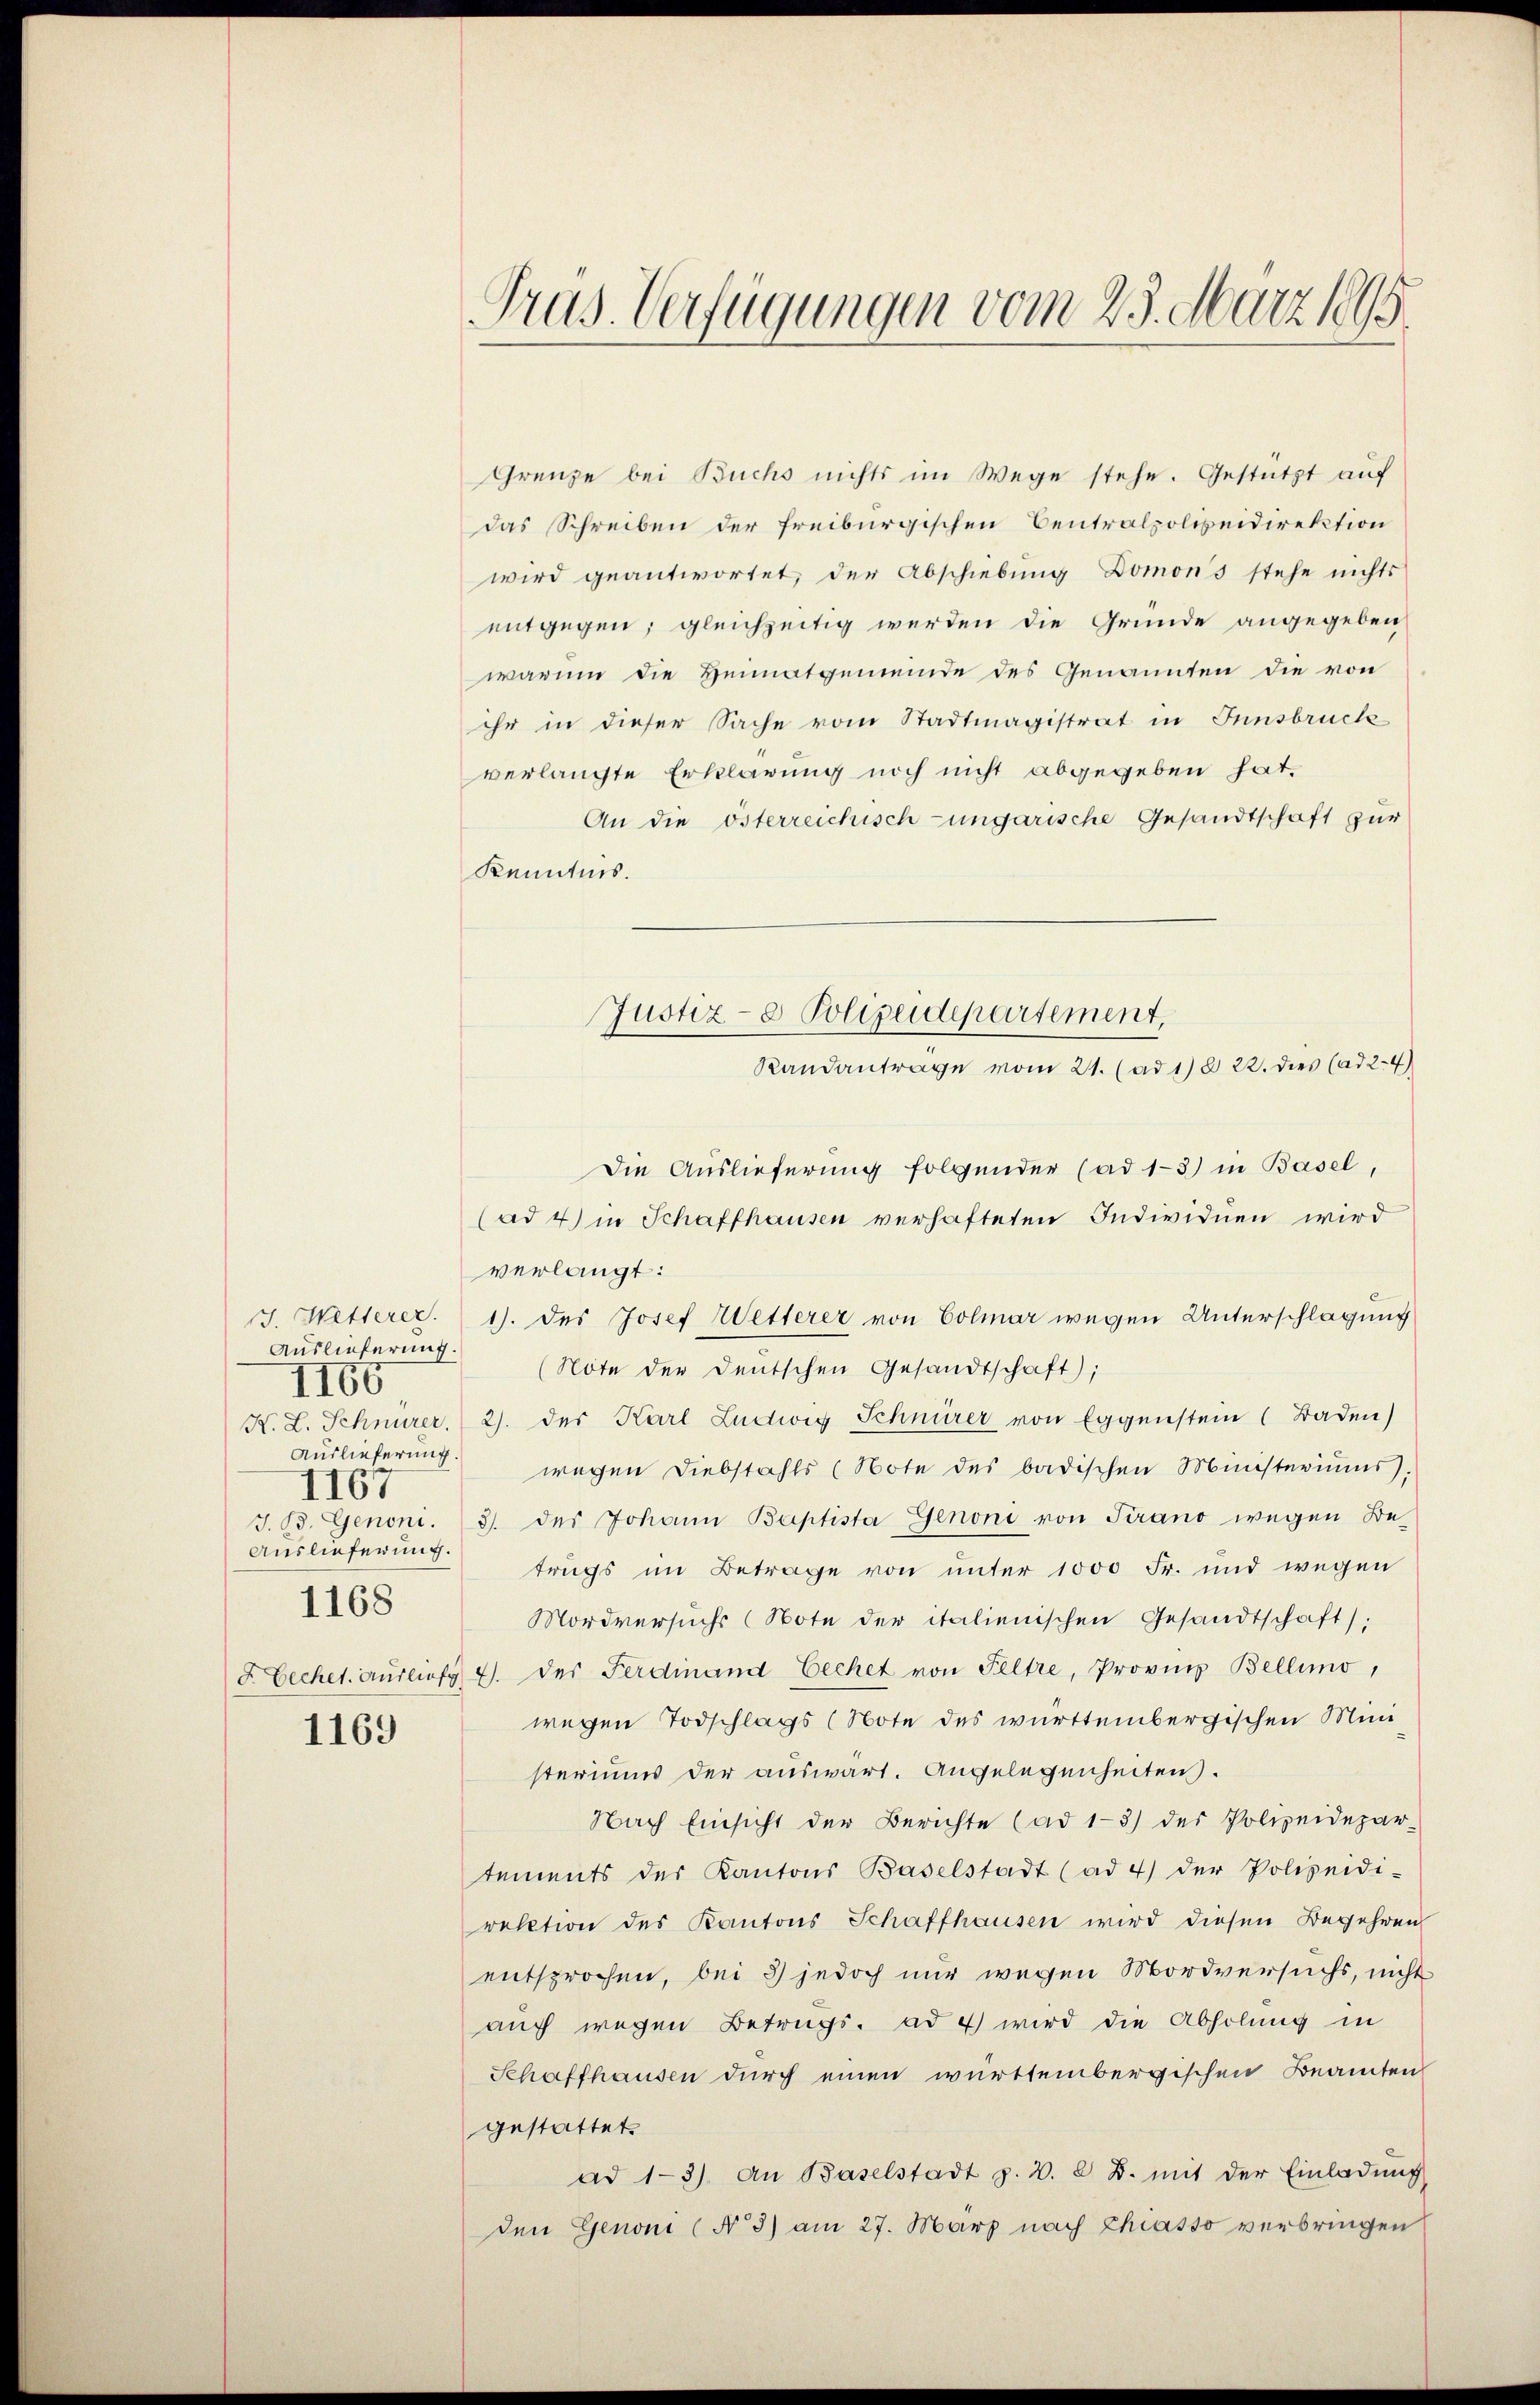
Auslieferung.
Auslieferung.
4167
Auslieferung.
1168

II60

1169

Pras. Verfügungen vom 25. März 1895

Grenze bei Buchs nichts im Wege stehe. Gestützt auf
das Schreiben der freiburgischen Centralpolizeidirektion
wird geantwortet, der Abschiebung Domons stehe nichts
entgegen; gleichzeitig werden die Grunde angegeben
warum die Heimatgemeinde des Genannten die von
ihr in dieser Sache vom Stadtmagistrat in Innsbruck
verlangte Erklärung noch nicht abgegeben hat.
An die österreichisch-ungarische Gesandtschaft zur
Kenntnis.
Justiz- & Polizeidepartement,

Randantrage vom 21. (ad 1) § 22. dies (ad 24)

Die Auslieferung folgender (ad 13) in Basel,
(ad 4) in Schaffhausen verhafteten Individuen wird
verlangt:
J. Wetterer. 1. des Josef Wetterer von Colmar wegen Unterschlagung
(Note der Deutschen Gesandtschaft);
K. L. Schnurer, 2. der Karl Ludwig Schnürer von Eggenstein (Baden)
wegen Diebstahls (Note des badischen Ministeriŭms.
J. B. Genoni. 3. des Johann Baptista Genoni von Tirano wegen Betrags im Betrage von unter 1000 Fr. und wegen
Mordversuchs (Note der italienischen Gesandtschaft):
F. Bechet. Ausliefg 4. der Ferdinand Eechet von Feltre, Provins Bellino,
wegen Todschlags (Note des württembergischen Ministeriums der auswärt. Angelegenheiten.
Nach Einsicht der Berichte (ad 1-3) der Polizeidepar-
tements der Kantons Baselstadt (ad 4) der Polizeidi-
rektion des Kantons Schaffhausen wird diesen Begehren
entsprochen, bei 3) jedoch nur wegen Mordversuchs, nicht
auch wegen Betrugs. ad 4 wird die Abholung in
Schaffhausen durch einen württembergischen Beamten
gestattet.
ad 1-3). An Baselstadt p. 2. 2 B. mit der Einladŭng
den Genoni (§ 3) am 27. März nach Chiasso verbringen